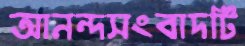
আনন্দসংবাদটি